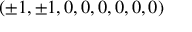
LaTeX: \left( \pm 1 , \pm 1 , 0 , 0 , 0 , 0 , 0 , 0 \right)